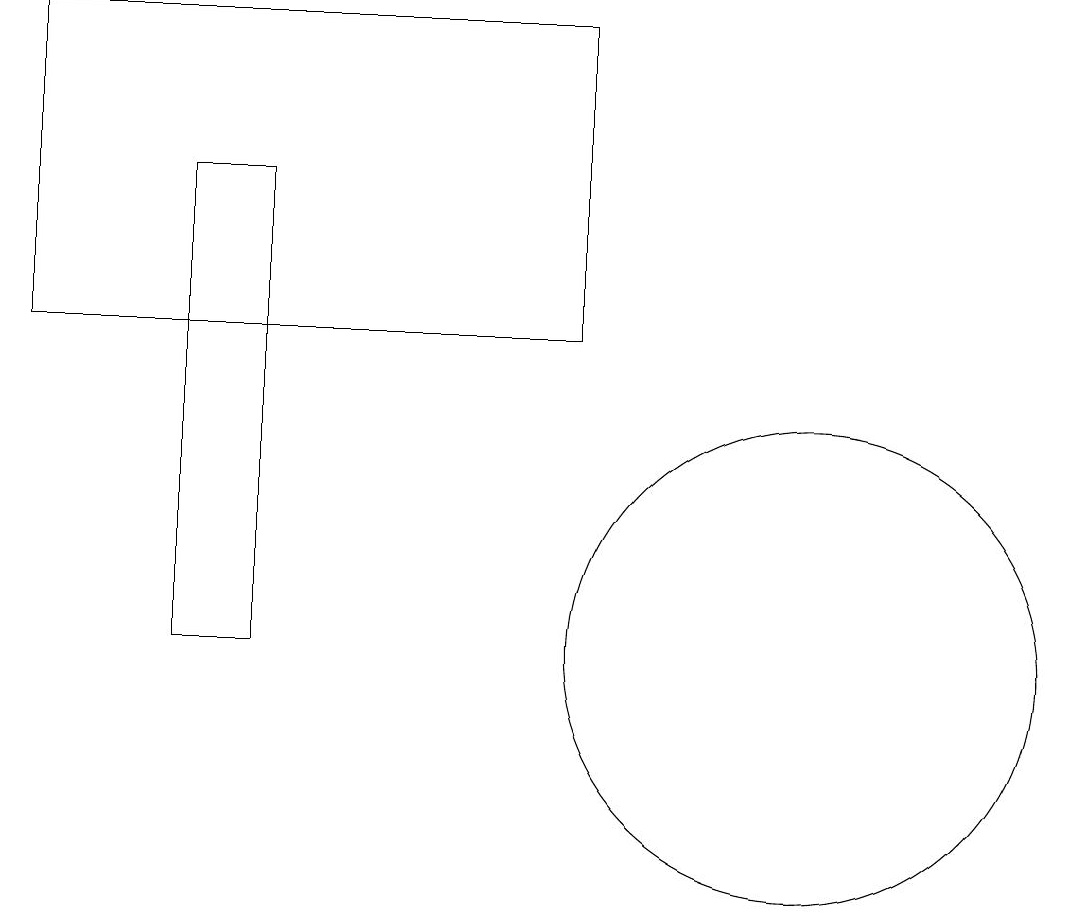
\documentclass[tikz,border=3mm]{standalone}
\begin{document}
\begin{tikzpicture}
\draw (10,10) circle (3);
\draw (3,10) rectangle (2,16);
\draw (7,18) rectangle (0,14);
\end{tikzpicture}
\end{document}